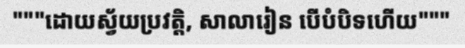
"""ដោយស្វ័យប្រវត្តិ, សាលារៀន បើបំបិទហើយ"""